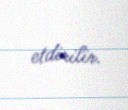
etdirilir.